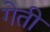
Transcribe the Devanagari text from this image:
गेती